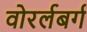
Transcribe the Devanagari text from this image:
वोरर्लबर्ग